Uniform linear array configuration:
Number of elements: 12
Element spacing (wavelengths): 0.5
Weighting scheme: exponential
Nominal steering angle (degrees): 15
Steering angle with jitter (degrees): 13.155
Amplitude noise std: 0.05
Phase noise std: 0.05

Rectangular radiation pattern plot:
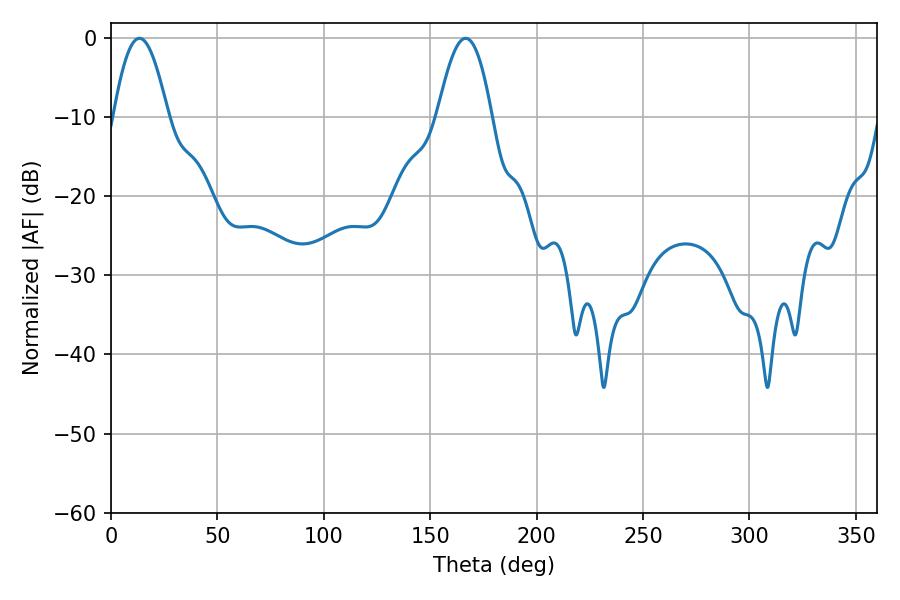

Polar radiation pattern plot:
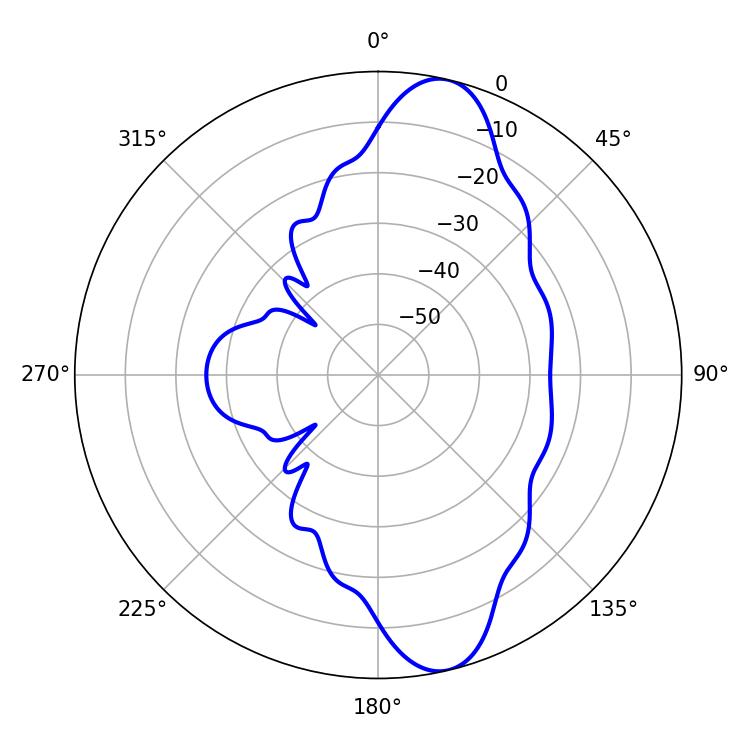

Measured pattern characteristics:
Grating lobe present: FALSE
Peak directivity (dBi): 11.59
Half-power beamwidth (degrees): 13.86
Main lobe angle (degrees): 13.32